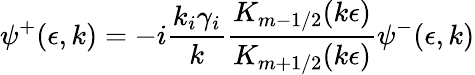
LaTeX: \psi^{+}(\epsilon,k)=-i\frac{k_{i}\gamma_{i}}{k}\frac{K_{m-1/2}(k\epsilon)}{K_{m+1/2}(k\epsilon)}\psi^{-}(\epsilon,k)